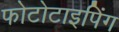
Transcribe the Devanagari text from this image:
फोटोटाइपिंग